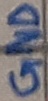
Text: GND